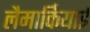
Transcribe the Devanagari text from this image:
लैमार्कियाई